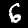
Digit: 6